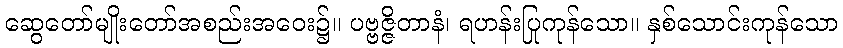
ဆွေတော်မျိုးတော်အစည်းအဝေး၌။ ပဗ္ဗဇ္ဇိတာနံ၊ ရဟန်းပြုကုန်သော။ နှစ်သောင်းကုန်သော